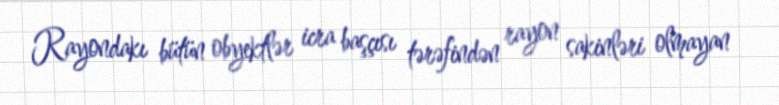
Rayondakı bütün obyektlər icra başçısı tərəfindən rayon sakinləri olmayan